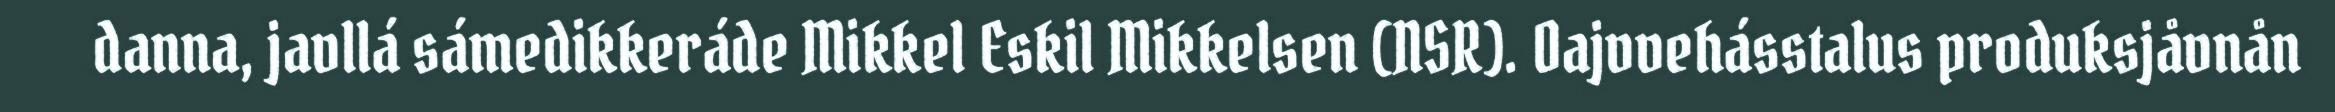
danna, javllá sámedikkeráde Mikkel Eskil Mikkelsen (NSR). Oajvvehásstalus produksjåvnån